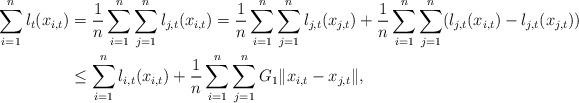
LaTeX: \begin{align*}\sum_{i=1}^{n}l_t(x_{i,t})&=\frac{1}{n}\sum_{i=1}^{n}\sum_{j=1}^{n}l_{j,t}(x_{i,t})=\frac{1}{n}\sum_{i=1}^{n}\sum_{j=1}^{n}l_{j,t}(x_{j,t})+\frac{1}{n}\sum_{i=1}^{n}\sum_{j=1}^{n}(l_{j,t}(x_{i,t})-l_{j,t}(x_{j,t}))\\&\le\sum_{i=1}^{n}l_{i,t}(x_{i,t})+\frac{1}{n}\sum_{i=1}^{n}\sum_{j=1}^{n}G_1\|x_{i,t}-x_{j,t}\|,\end{align*}